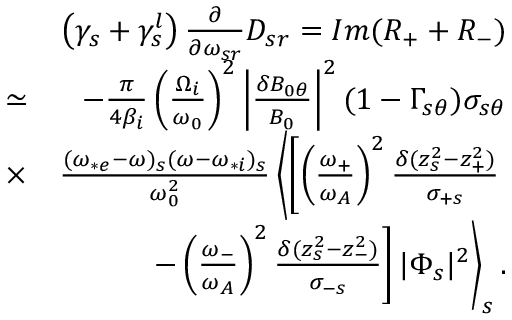
\begin{array} { r l r } & { } & { \left( \gamma _ { s } + \gamma _ { s } ^ { l } \right) \frac { \partial } { \partial \omega _ { s r } } D _ { s r } = I m ( R _ { + } + R _ { - } ) } \\ & { \simeq } & { - \frac { \pi } { 4 \beta _ { i } } \left( \frac { \Omega _ { i } } { \omega _ { 0 } } \right) ^ { 2 } \left| \frac { \delta B _ { 0 \theta } } { B _ { 0 } } \right| ^ { 2 } ( 1 - \Gamma _ { s \theta } ) \sigma _ { s \theta } } \\ & { \times } & { \frac { ( \omega _ { * e } - \omega ) _ { s } ( \omega - \omega _ { * i } ) _ { s } } { \omega _ { 0 } ^ { 2 } } \left\langle \left[ \left( \frac { \omega _ { + } } { \omega _ { A } } \right) ^ { 2 } \frac { \delta ( z _ { s } ^ { 2 } - z _ { + } ^ { 2 } ) } { \sigma _ { + s } } \right. \right. } \\ & { } & { \left. \left. - \left( \frac { \omega _ { - } } { \omega _ { A } } \right) ^ { 2 } \frac { \delta ( z _ { s } ^ { 2 } - z _ { - } ^ { 2 } ) } { \sigma _ { - s } } \right] | \Phi _ { s } | ^ { 2 } \right\rangle _ { s } . } \end{array}